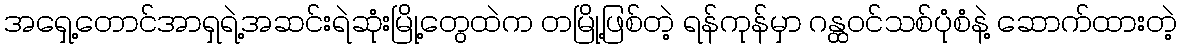
အရှေ့တောင်အာရှရဲ့အဆင်းရဲဆုံးမြို့တွေထဲက တမြို့ဖြစ်တဲ့ ရန်ကုန်မှာ ဂန္ထဝင်သစ်ပုံစံနဲ့ ဆောက်ထားတဲ့